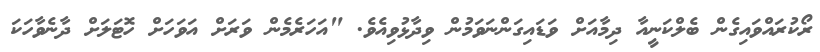
ރޯކުރައްވައިގެން ބެލްކަނީއާ ދިމާއަށް ވަޑައިގަންނަވަމުން ވިދާޅުވިއެވެ. "އަހަރެމެން ވަރަށް އަވަހަށް ހޮޓަލަށް ދާނެވާހަކަ